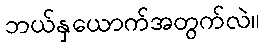
ဘယ်နှယောက်အတွက်လဲ။